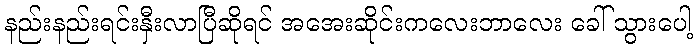
နည်းနည်းရင်းနှီးလာပြီဆိုရင် အအေးဆိုင်းကလေးဘာလေး ခေါ် သွားပေါ့